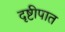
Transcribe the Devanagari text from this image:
दृष्टीपात